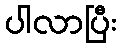
ပါလာပြီး